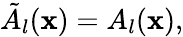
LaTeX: \tilde{A}_{l}({\mathbf x})=A_{l}({\mathbf x}),